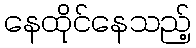
နေထိုင်နေသည့်